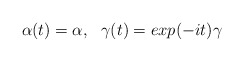
\begin{align*}\alpha(t) = \alpha ,~~ \gamma(t) = exp(-it)\gamma \end{align*}